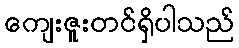
ကျေးဇူးတင်ရှိပါသည်